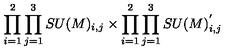
\prod _ { i = 1 } ^ { 2 } \prod _ { j = 1 } ^ { 3 } S U ( M ) _ { i , j } \times \prod _ { i = 1 } ^ { 2 } \prod _ { j = 1 } ^ { 3 } S U ( M ) _ { i , j } ^ { ' }